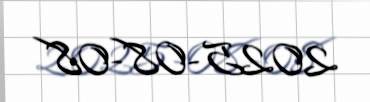
2025-08-08